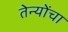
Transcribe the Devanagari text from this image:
तेन्योंचा